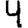
Digit: 4